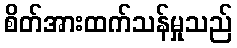
စိတ်အားထက်သန်မှုသည်